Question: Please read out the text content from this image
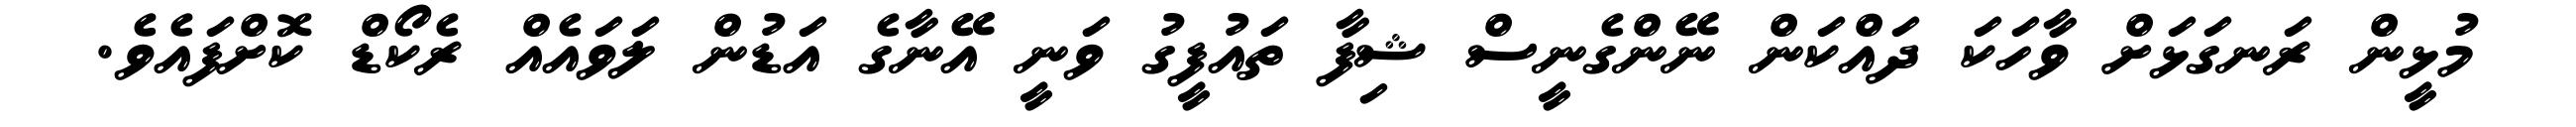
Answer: މުޅީން ރަނގަޅަށް ވާހަކަ ދައްކަން ނޭންގެނީސް ޝިފާ ތައުފީގު ވަނީ އޭނާގެ އަޑުން ލަވައެއް ރެކޯޑް ކޮށްފައެވެ.